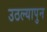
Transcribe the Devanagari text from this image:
उठल्यापुन